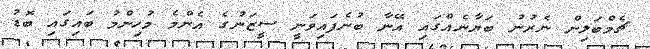
ޗެމްބަލިން ނެރުނު ބަޔާނެއްގައި އޭނާ ބުނެފައިވަނީ ސީޒަނުގެ އެންމެ މުހިންމު ބައިގައި ބޮޑު